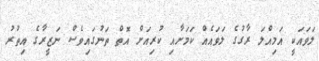
ލަވައަކީ އަމިއްލަ ރާގުގެ ލަވައެއް ކަމަށާއި ކުރިއަށް އޮތް ތަނުގައިވެސް ނަޒީރާގެ އިތުރު